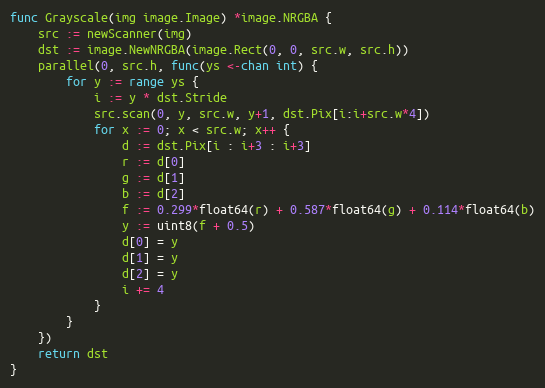
Language: Go
func Grayscale(img image.Image) *image.NRGBA {
	src := newScanner(img)
	dst := image.NewNRGBA(image.Rect(0, 0, src.w, src.h))
	parallel(0, src.h, func(ys <-chan int) {
		for y := range ys {
			i := y * dst.Stride
			src.scan(0, y, src.w, y+1, dst.Pix[i:i+src.w*4])
			for x := 0; x < src.w; x++ {
				d := dst.Pix[i : i+3 : i+3]
				r := d[0]
				g := d[1]
				b := d[2]
				f := 0.299*float64(r) + 0.587*float64(g) + 0.114*float64(b)
				y := uint8(f + 0.5)
				d[0] = y
				d[1] = y
				d[2] = y
				i += 4
			}
		}
	})
	return dst
}